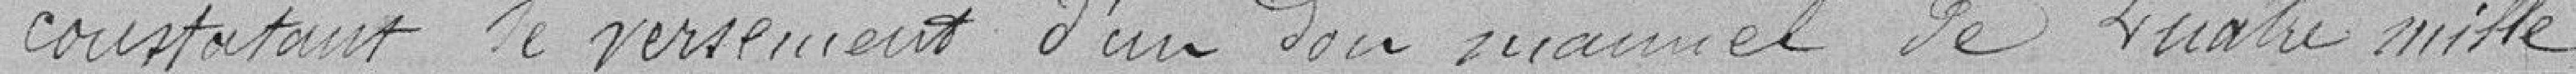
constatant le versement d'un don manuel de quatre mille